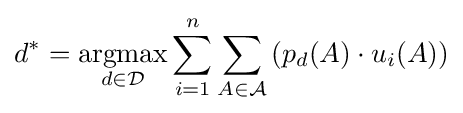
d^{*}={\underset {d\in {\mathcal {D}}}{\operatorname {argmax} }}\sum _{i=1}^{n}\sum _{A\in {\mathcal {A}}}\left(p_{d}(A)\cdot u_{i}(A)\right)